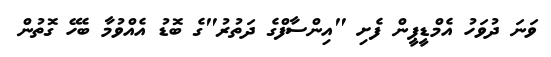
ވަނަ ދުވަހު އެމްޑީޕީން ފެށި "އިންސާފްގެ ދަތުރު"ގެ ބޮޑު އެއްވުމާ ބެހޭ ގޮތުން